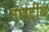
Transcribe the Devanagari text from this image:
नाइटींथ